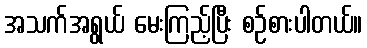
အသက်အရွယ် မေးကြည့်ပြီး စဉ်စားပါတယ်။